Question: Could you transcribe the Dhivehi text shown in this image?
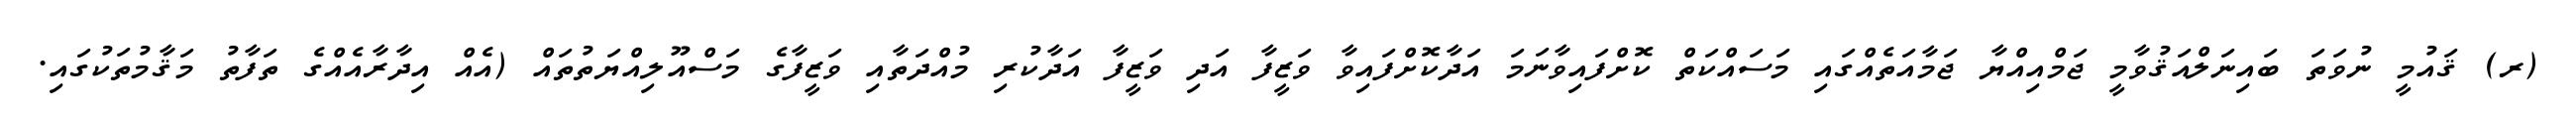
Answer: (ރ) ޤައުމީ ނުވަތަ ބައިނަލްއަޤުވާމީ ޖަމްއިއްޔާ ޖަމާއަތެއްގައި މަސައްކަތް ކޮށްފައިވާނަމަ އަދާކޮށްފައިވާ ވަޒީފާ އަދި ވަޒީފާ އަދާކުރި މުއްދަތާއި ވަޒީފާގެ މަސްއޫލިއްޔަތުތައް (އެއް އިދާރާއެއްގެ ތަފާތު މަޤާމުތަކުގައި.